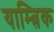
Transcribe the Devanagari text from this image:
याम्त्रिक